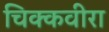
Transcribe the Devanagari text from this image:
चिक्कवीरा